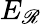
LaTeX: E_{\mathscr{R}}